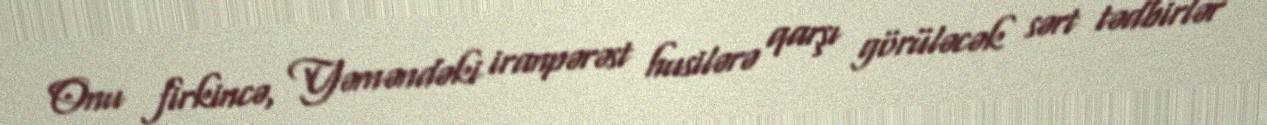
Onu firkincə, Yəməndəki iranpərəst husilərə qarşı görüləcək sərt tədbirlər